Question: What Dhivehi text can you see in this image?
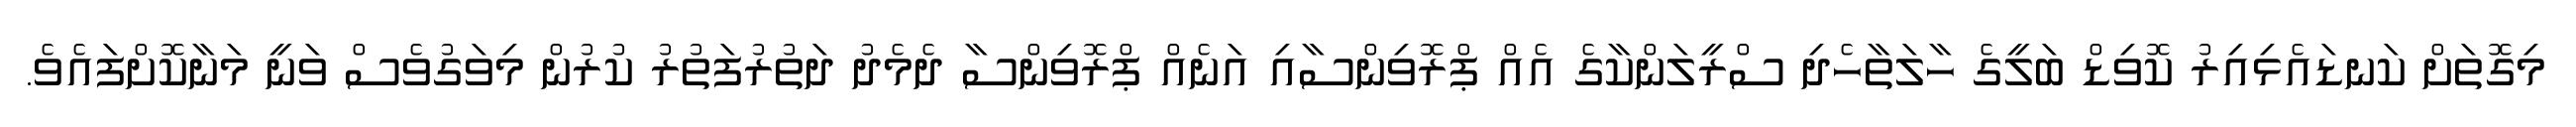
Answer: މިގޮތަށް ކަނޑައެޅިއިރު ކޮވިޑް ބަލީގެ ހާލަތާހެދި ސްރީލަންކާގެ އެއް ޕްރޮވިންސާއި އަނެއް ޕްރޮވިންސާ ދެމެދު ދަތުރުފަތުރު ކުރުން މިވަގުވެސް ވަނީ މަނާކޮށްފައެވެ.